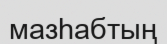
мазһабтың